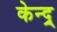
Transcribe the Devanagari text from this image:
केन्द्र्